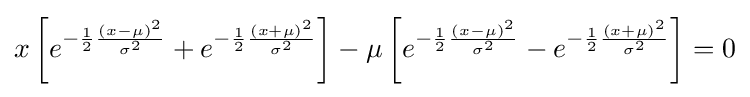
x\left[e^{-{\frac {1}{2}}{\frac {\left(x-\mu \right)^{2}}{\sigma ^{2}}}}+e^{-{\frac {1}{2}}{\frac {\left(x+\mu \right)^{2}}{\sigma ^{2}}}}\right]-\mu \left[e^{-{\frac {1}{2}}{\frac {\left(x-\mu \right)^{2}}{\sigma ^{2}}}}-e^{-{\frac {1}{2}}{\frac {\left(x+\mu \right)^{2}}{\sigma ^{2}}}}\right]=0